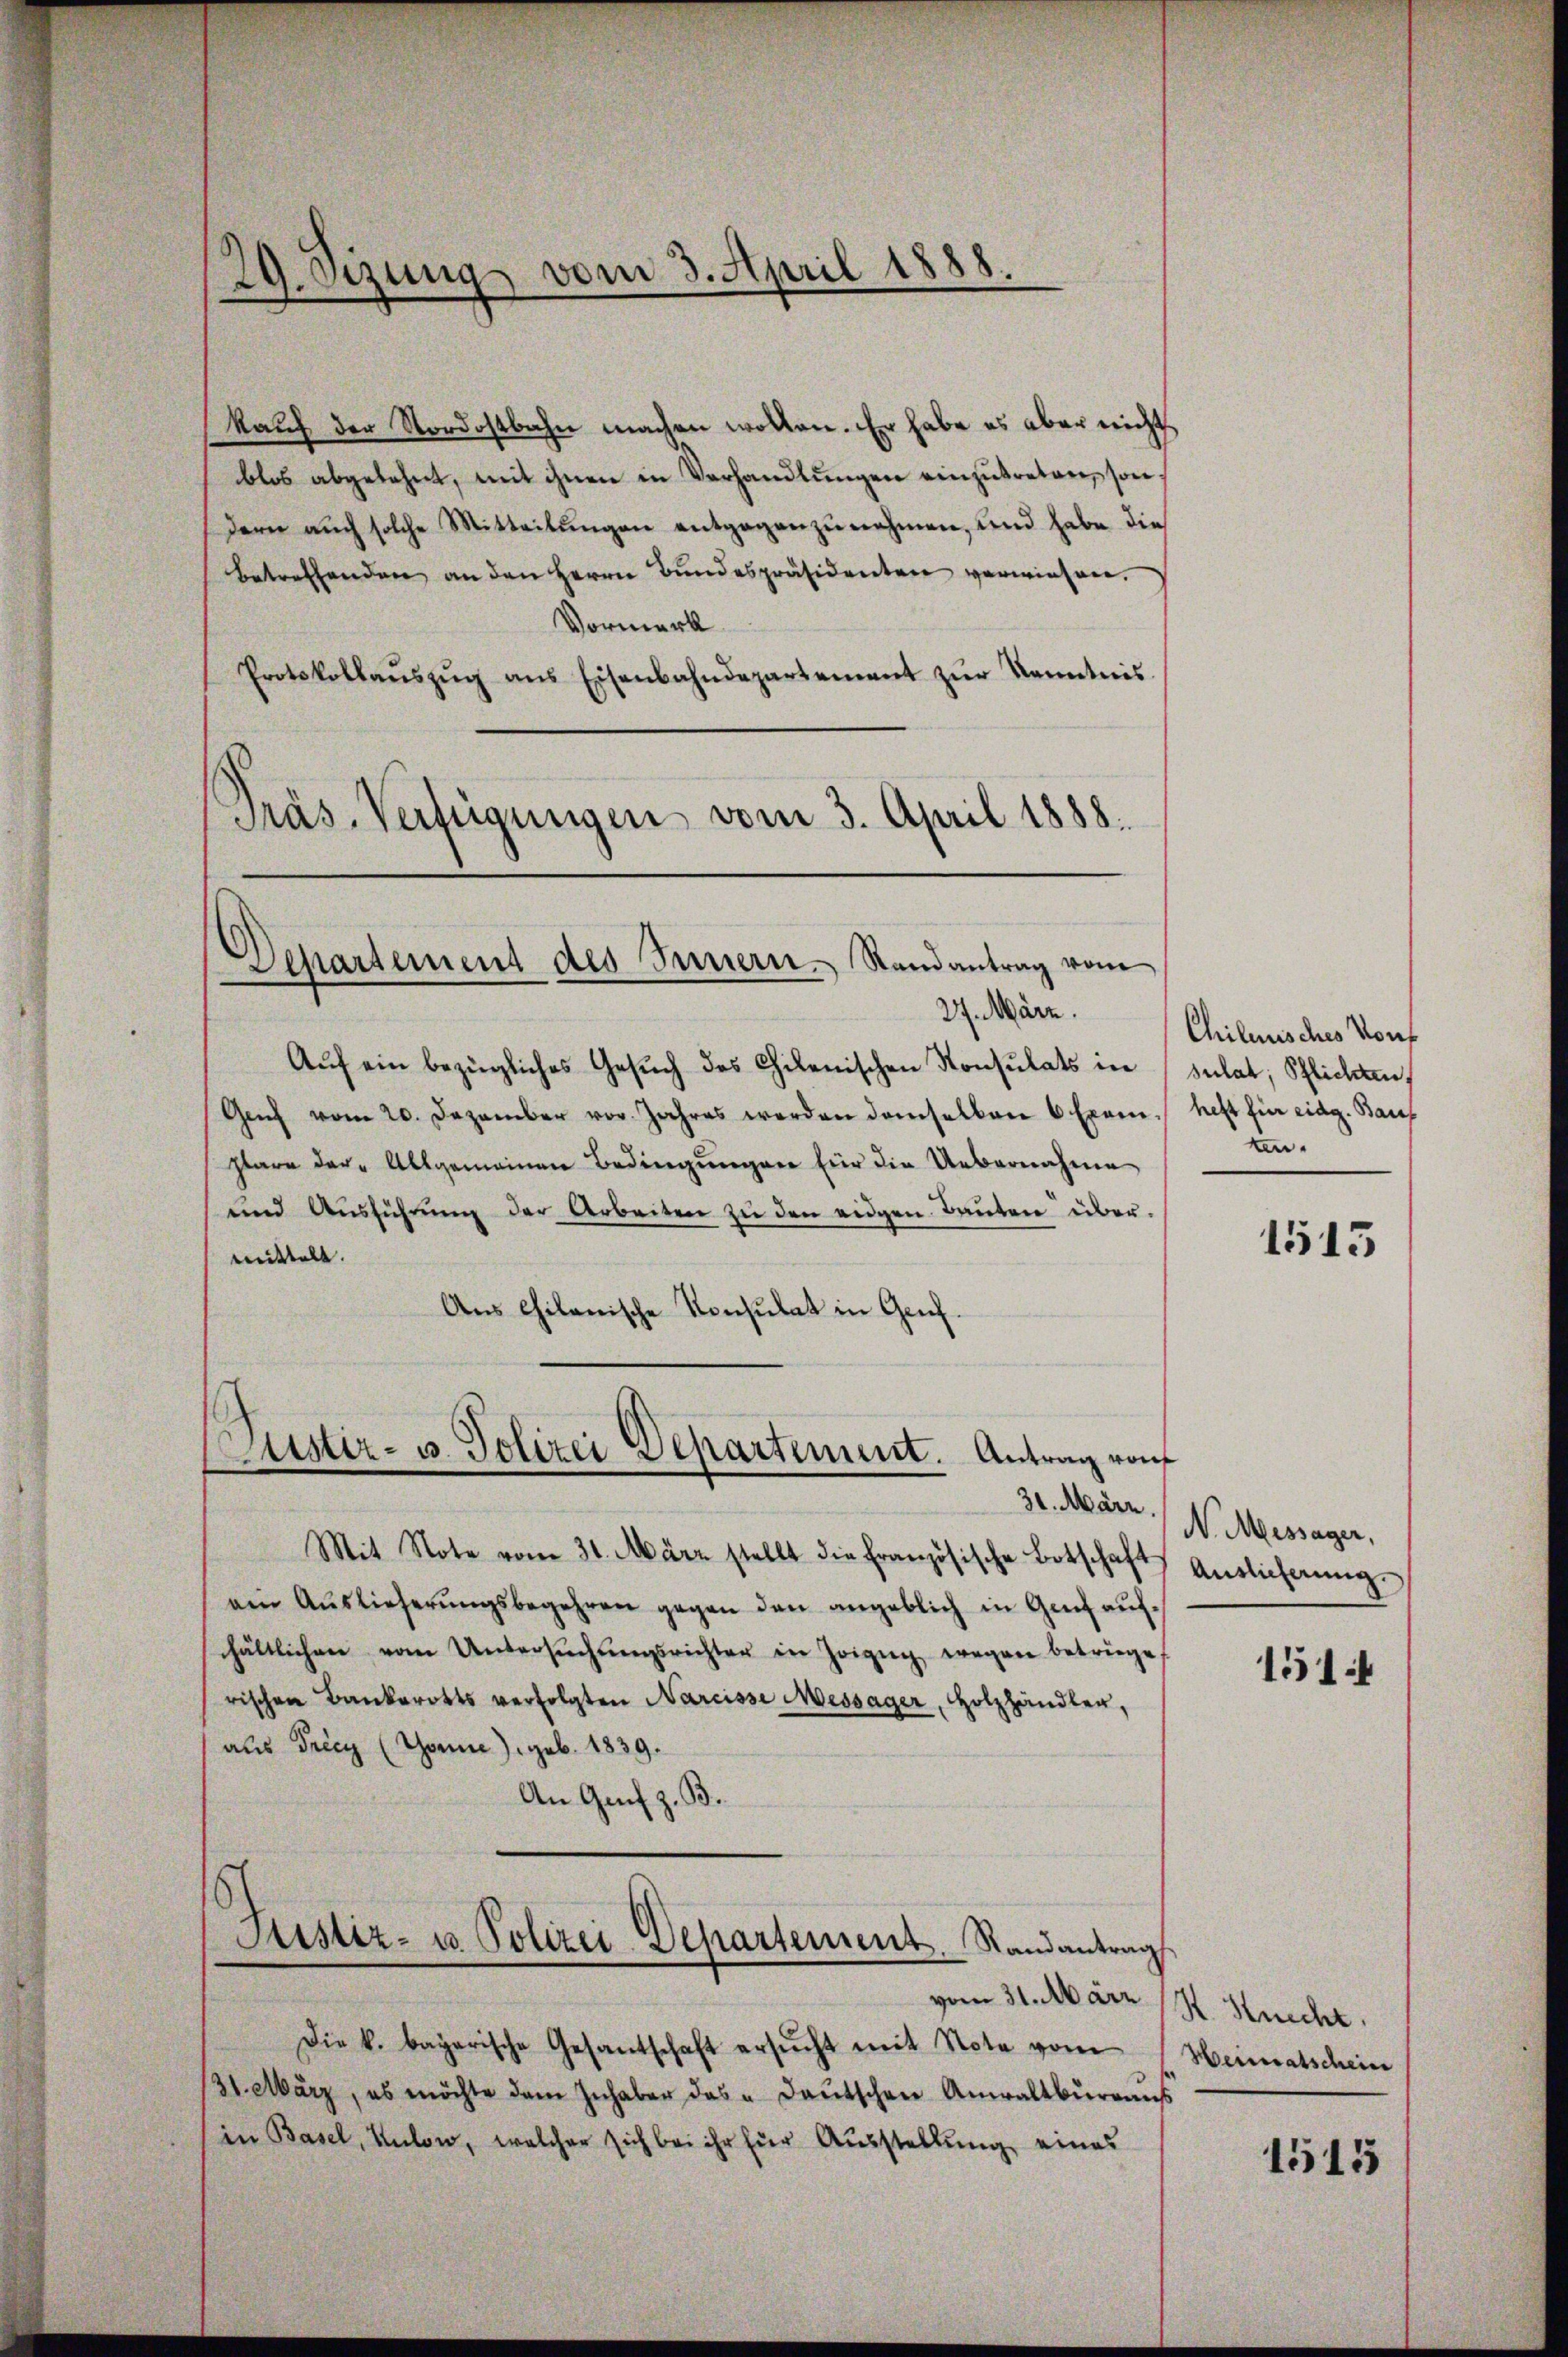
kauf der Nordostbahn machen wollen. Er habe es aber nicht
blos abgelehnt, mit ihnen in Verhandlŭngen einzŭtreten, sondern auch solche Mitteilungen entgegenzunehmen, und habe die
betreffenden an den Herrn Bundespräsidenten verwiesen.
Vormerk
Protokollaŭszŭg ans Eisenbahndepartement zŭr Kenntnis.
Präs. Verfügungen vom 3. April 1888.

29. Sizung vom 3. April 1888.

Departement des Innern. Randantrag vom

27. März.
Aŭf ein bezügliches Gesŭch des Chilenischen Konsulats in
Genf vom 20. Dezember vor. Jahres werden demselben 6 Exem. heft für eidg. Bauf
plare der Allgemeinen Bedingŭngen für die Uebernahme
und Aŭsführŭng der Arbeiten zŭ den eidgen. Bauten übermittelt.
Aus Chilanische Konsulat in Genf.

Justiz- u. Polizei Departement. Antrag von
31. März.

Mit Note vom 31. März stellt die französische Botschaft
am Aŭslieferŭngsbegehren gegen den angeblich in Gant aŭf
schältlichen vom Untersŭchŭngsrichter in Zoizŭg wegen betrüge,
rischen Bankerotts verfolgten Narcisse Messager, Holzhändler,
aus Tricy (Tanne) geb. 1839.
An Grif z. B.
Justiz- u Polizei-Departement. Randantrag
vom 31. März (S. Knecht.
Die k. bayerische Gesantschaft ersŭcht mit Note vom
31. März, es möchte dem Inhaber das „ daŭtschen Anwaltbŭrgaŭs
in Basel, Kulow, welcher sich bei ihr für Ausstellung eines

Chilenisches Vorf
sulat, Pflichten,
ten.

1515

N. Messager,
Auslicherung.
1514

Heimatschein
1515